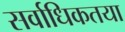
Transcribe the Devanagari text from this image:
सर्वाधिकतया